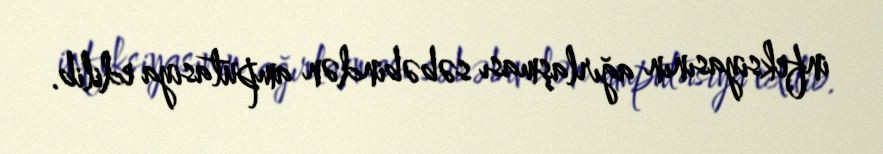
infeksiyasının ağırlaşması səbəbindən amputasiya edilib.